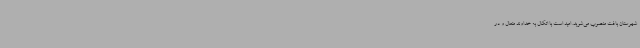
شهرستان بافت منصوب می‌شوید. امید است با اتکال به خداوند متعال و در